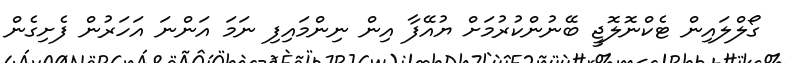
ގޯލްލައިން ޓެކްނޮލޮޖީ ބޭނުންކުރުމަށް ޔުއޭފާ އިން ނިންމައިފި ނަމަ އަންނަ އަަހަރުން ފެށިގެން